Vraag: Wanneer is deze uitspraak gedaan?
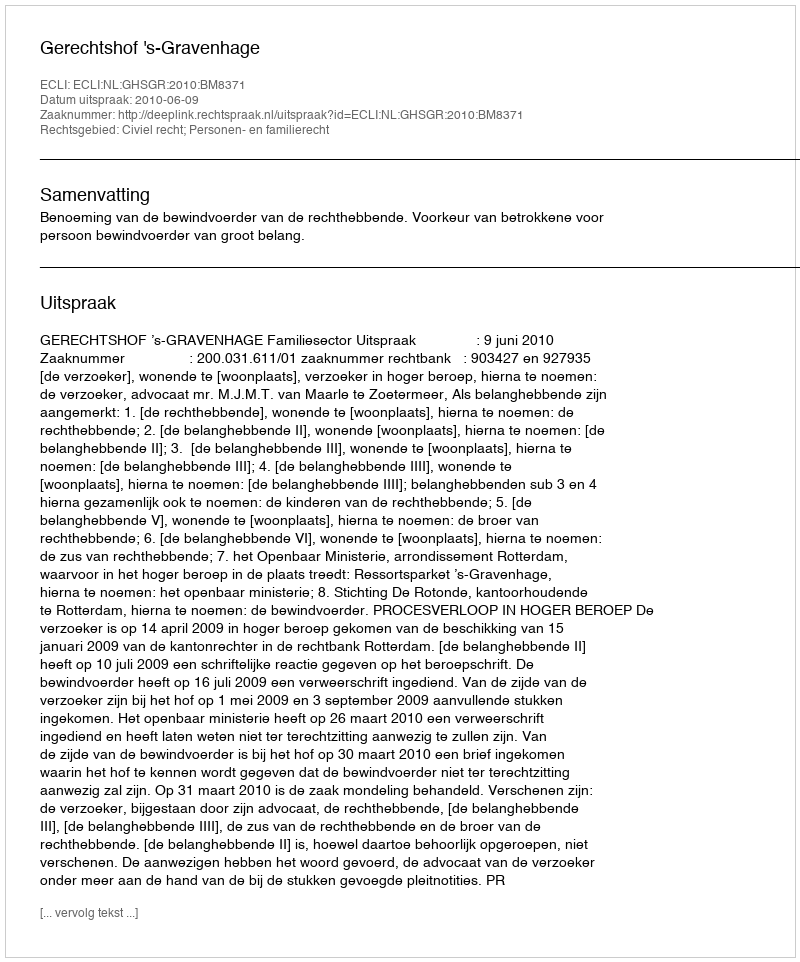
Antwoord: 2010-06-09